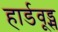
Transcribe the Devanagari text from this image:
हार्डवूड्स